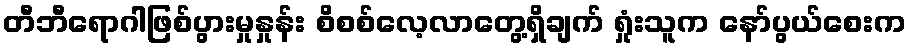
တီဘီရောဂါဖြစ်ပွားမှုနှုန်း စိစစ်လေ့လာတွေ့ရှိချက် ရှုံးသူက နော်ပွယ်စေးက